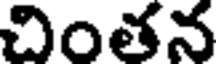
చింతన